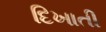
દિખાતી